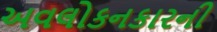
અવલોકનકારની